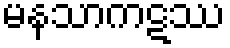
မနသာကဋဿ